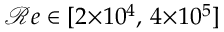
\mathcal { R } e \in [ 2 { \times } 1 0 ^ { 4 } , \, 4 { \times } 1 0 ^ { 5 } ]